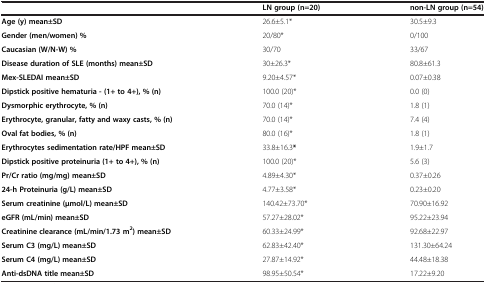
|  | LN group (n=20) | non-LN group (n=54) |
 | --- | --- | --- |
 | Age (y) mean±SD | 26.6±5.1* | 30.5±9.3 |
 | Gender (men/women) % | 20/80* | 0/100 |
 | Caucasian (W/N-W) % | 30/70 | 33/67 |
 | Disease duration of SLE (months) mean±SD | 30±26.3* | 80.8±61.3 |
 | Mex-SLEDAI mean±SD | 9.20±4.57* | 0.07±0.38 |
 | Dipstick positive hematuria - (1+ to 4+), % (n) | 100.0 (20)* | 0.0 (0) |
 | Dysmorphic erythrocyte, % (n) | 70.0 (14)* | 1.8 (1) |
 | Erythrocyte, granular, fatty and waxy casts, % (n) | 70.0 (14)* | 7.4 (4) |
 | Oval fat bodies, % (n) | 80.0 (16)* | 1.8 (1) |
 | Erythrocytes sedimentation rate/HPF mean±SD | 33.8±16.3* | 1.9±1.7 |
 | Dipstick positive proteinuria (1+ to 4+), % (n) | 100.0 (20)* | 5.6 (3) |
 | Pr/Cr ratio (mg/mg) mean±SD | 4.89±4.30* | 0.37±0.26 |
 | 24-h Proteinuria (g/L) mean±SD | 4.77±3.58* | 0.23±0.20 |
 | Serum creatinine (μmol/L) mean±SD | 140.42±73.70* | 70.90±16.92 |
 | eGFR (mL/min) mean±SD | 57.27±28.02* | 95.22±23.94 |
 | Creatinine clearance (mL/min/1.73 m2) mean±SD | 60.33±24.99* | 92.68±22.97 |
 | Serum C3 (mg/L) mean±SD | 62.83±42.40* | 131.30±64.24 |
 | Serum C4 (mg/L) mean±SD | 27.87±14.92* | 44.48±18.38 |
 | Anti-dsDNA title mean±SD | 98.95±50.54* | 17.22±9.20 |